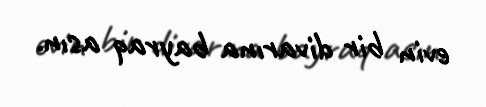
evin bir divarına bayraq asın.